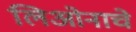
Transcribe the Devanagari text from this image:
लिओनाचे